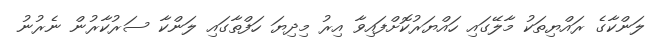
ލަންކާގެ ރައްޔިތަކު މާލޭގައި ހައްޔަރުކޮށްފައިވާ އިރު މިދިޔަ ހަފްތާގައި ލަންކާ ސަރުކާރުން ނެރުނު